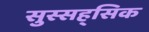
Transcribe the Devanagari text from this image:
सुस्सह्सिक